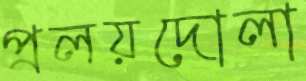
প্রলয়দোলা